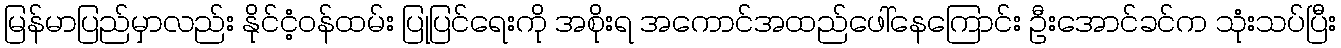
မြန်မာပြည်မှာလည်း နိုင်ငံ့ဝန်ထမ်း ပြုပြင်ရေးကို အစိုးရ အကောင်အထည်ဖေါ်နေကြောင်း ဦးအောင်ခင်က သုံးသပ်ပြီး